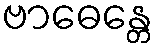
ဗာဓေန္တေ